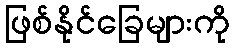
ဖြစ်နိုင်ခြေများကို